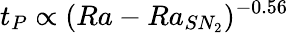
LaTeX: t_{P}\propto(Ra-Ra_{SN_{2}})^{-0.56}